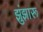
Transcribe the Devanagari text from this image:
झुंझारू